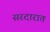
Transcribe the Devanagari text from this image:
सरदारात